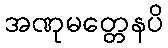
အဏုမတ္တေနပိ